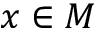
x \in M